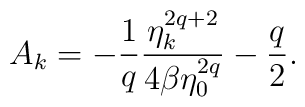
A_k = - \frac{1}{q} \frac{\eta_k^{2q+2}}{4 \beta \eta_0^{2q}} -\frac{q}{2}.